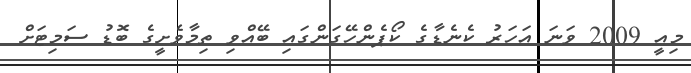
މިއީ 2009 ވަނަ އަހަރު ކެނެޑާގެ ކޯޕެންހޭގަންގައި ބޭއްވި ތިމާވެށީގެ ބޮޑު ސަމިޓަށް